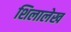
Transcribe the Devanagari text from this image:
शिलालेख